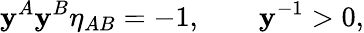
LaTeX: \mathbf{y}^{A}\mathbf{y}^{B}\eta_{AB}=-1,\qquad\mathbf{y}^{-1}>0,